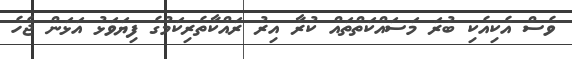
ވެސް އެކިއެކި ބުރަ މަސައްކަތްތައް ކުރާ އިރު ރައްކާތެރިކަމުގެ ފިޔަވަޅު އަޅަން ޖެހެ